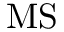
\mathrm { M S }